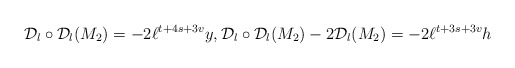
\begin{align*}\mathcal{D}_l \circ \mathcal{D}_l(M_2)=-2 \ell^{t+4s+3v} y, \mathcal{D}_l \circ \mathcal{D}_l(M_2)-2\mathcal{D}_l(M_2)=-2 \ell^{t+3s+3v}h\end{align*}